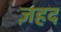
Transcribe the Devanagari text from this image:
ज़हद